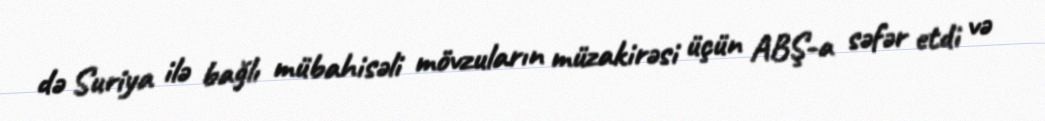
də Suriya ilə bağlı mübahisəli mövzuların müzakirəsi üçün ABŞ-a səfər etdi və